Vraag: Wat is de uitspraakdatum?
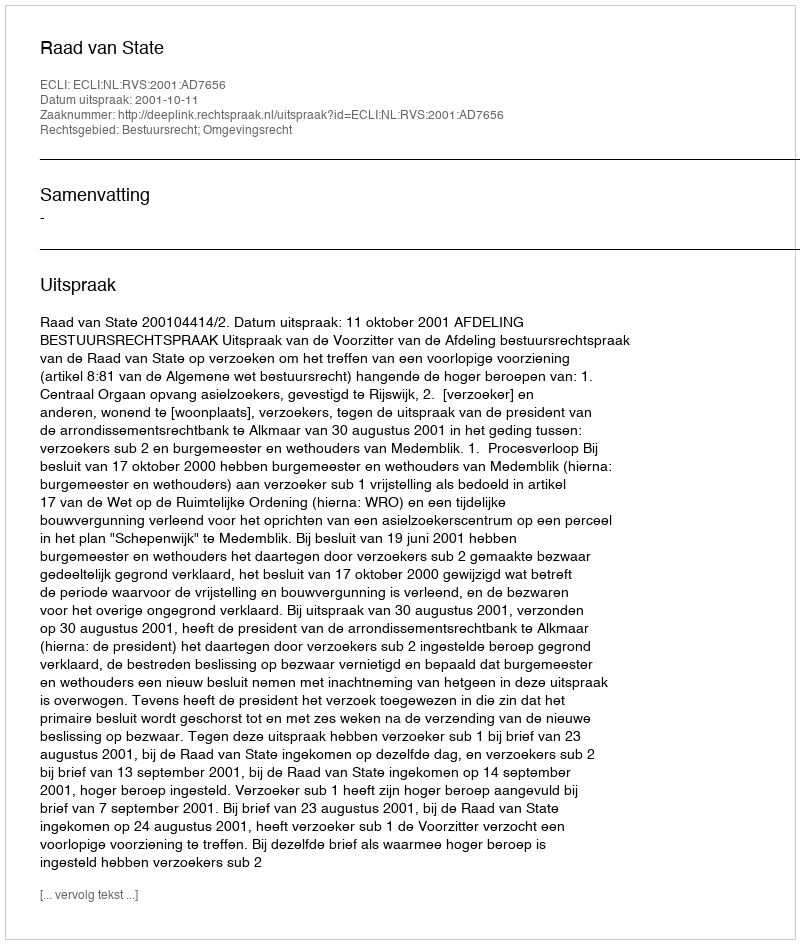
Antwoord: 2001-10-11